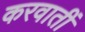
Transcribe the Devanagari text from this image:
करवातीं